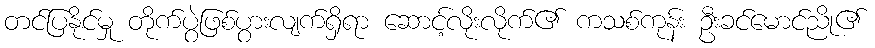
တင်ပြနိုင်မှု တိုက်ပွဲဖြစ်ပွားလျက်ရှိရာ ဆောင့်လိုးလိုက်၏ ကသစ်ကုန်း ဦးခင်မောင်ညို၏